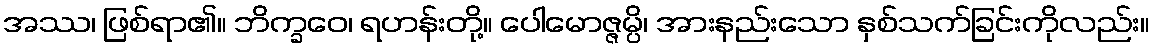
အဿ၊ ဖြစ်ရာ၏။ ဘိက္ခဝေ၊ ရဟန်းတို့။ ပေါမောဇ္ဇမ္ပိ၊ အားနည်းသော နှစ်သက်ခြင်းကိုလည်း။